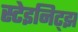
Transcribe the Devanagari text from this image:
स्टेइनिट्झ